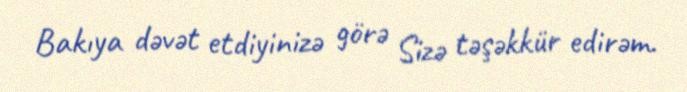
Bakıya dəvət etdiyinizə görə Sizə təşəkkür edirəm.